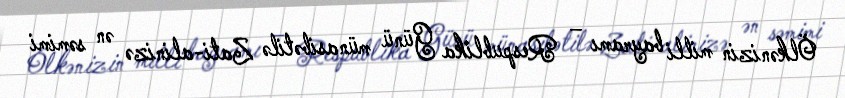
Ölkənizin milli bayramı – Respublika Günü münasibətilə Zati-alinizə ən səmimi